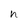
Character: h